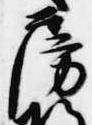
房